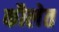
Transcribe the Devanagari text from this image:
कौलेत